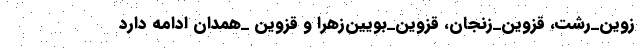
زوین_رشت، قزوین_زنجان، قزوین_بویین‌زهرا و قزوین _همدان‌ ادامه دارد